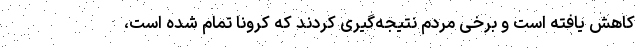
کاهش یافته است و برخی مردم نتیجه‌گیری کردند که کرونا تمام شده است،